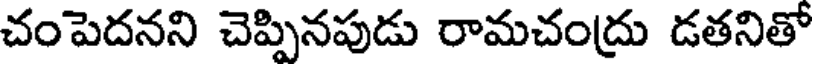
చంపెదనని చెప్పినపుడు రామచంద్రు డతనితో